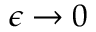
\epsilon \rightarrow 0